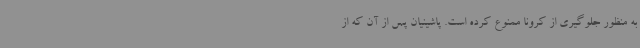
به منظور جلوگیری از کرونا ممنوع کرده است. پاشینیان پس از آن که از